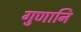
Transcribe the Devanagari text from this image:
गुणानि